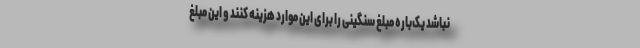
نباشد یک‌باره مبلغ سنگینی را برای این موارد هزینه کنند و این مبلغ